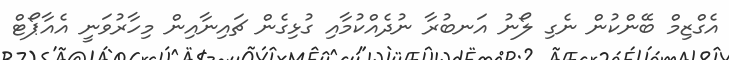
އެގްޒިމް ބޭންކުން ނެގި ލޯނު އަނބުރާ ނުދެއްކުމާއި ގުޅިގެން ޗައިނާއިން މިހާރުވަނީ އެއާޕޯޓް